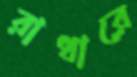
রাধারে